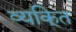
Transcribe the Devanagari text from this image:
व्यकि्‌त